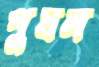
পুষল